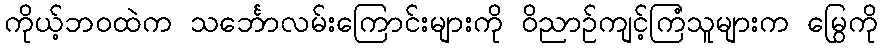
ကိုယ့်ဘဝထဲက သင်္ဘောလမ်းကြောင်းများကို ဝိညာဉ်ကျင့်ကြံသူများက မြွေကို